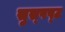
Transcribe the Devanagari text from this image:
सुस्‍पष्‍ट